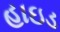
હાઇડ